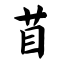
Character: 苜